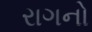
રાગનો